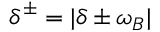
\delta ^ { \pm } = \lvert \delta \pm \omega _ { B } \rvert